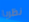
نظريا